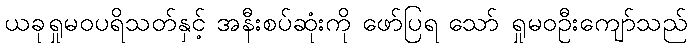
ယခုရှုမဝပရိသတ်နှင့် အနီးစပ်ဆုံးကို ဖော်ပြရ သော် ရှုမဝဦးကျော်သည်